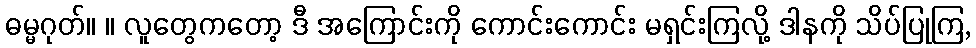
ဓမ္မဂုတ်။ ။ လူတွေကတော့ ဒီ အကြောင်းကို ကောင်းကောင်း မရှင်းကြလို့ ဒါနကို သိပ်ပြုကြ,